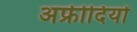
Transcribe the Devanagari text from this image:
अफ्रीदियों